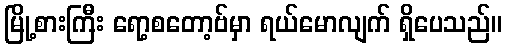
မြို့စားကြီး ရော့စတော့ဗ်မှာ ရယ်မောလျက် ရှိပေသည်။